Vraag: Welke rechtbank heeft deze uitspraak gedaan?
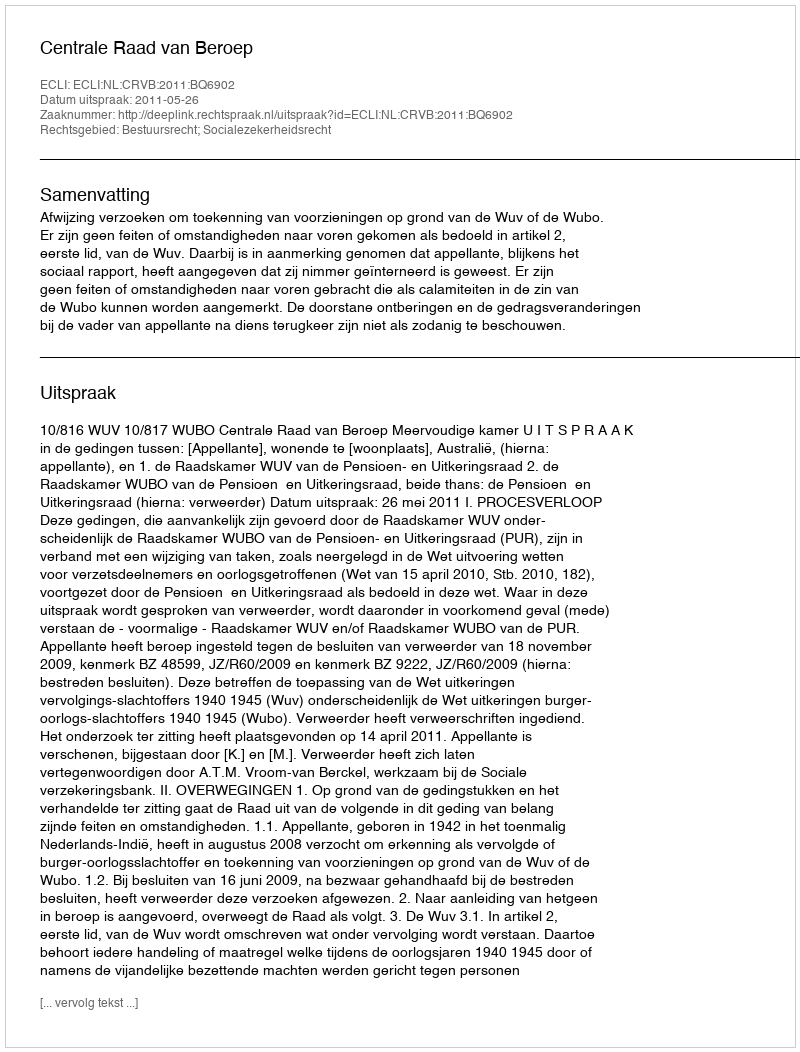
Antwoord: Centrale Raad van Beroep